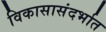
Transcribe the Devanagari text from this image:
विकासासंदर्भात